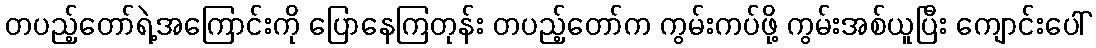
တပည့်တော်ရဲ့အကြောင်းကို ပြောနေကြတုန်း တပည့်တော်က ကွမ်းကပ်ဖို့ ကွမ်းအစ်ယူပြီး ကျောင်းပေါ်